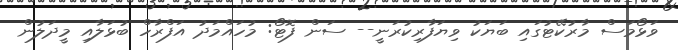
ވަޅޯމަސް މާރުކޭޓުގައި ބަޔަކު ވިޔަފާރިކުރަނީ-- ސަން ފޮޓޯ: މުހައްމަދު އަފްރާހް ބުޅަލާއި މީދަލުން